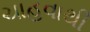
ચાહવાથી